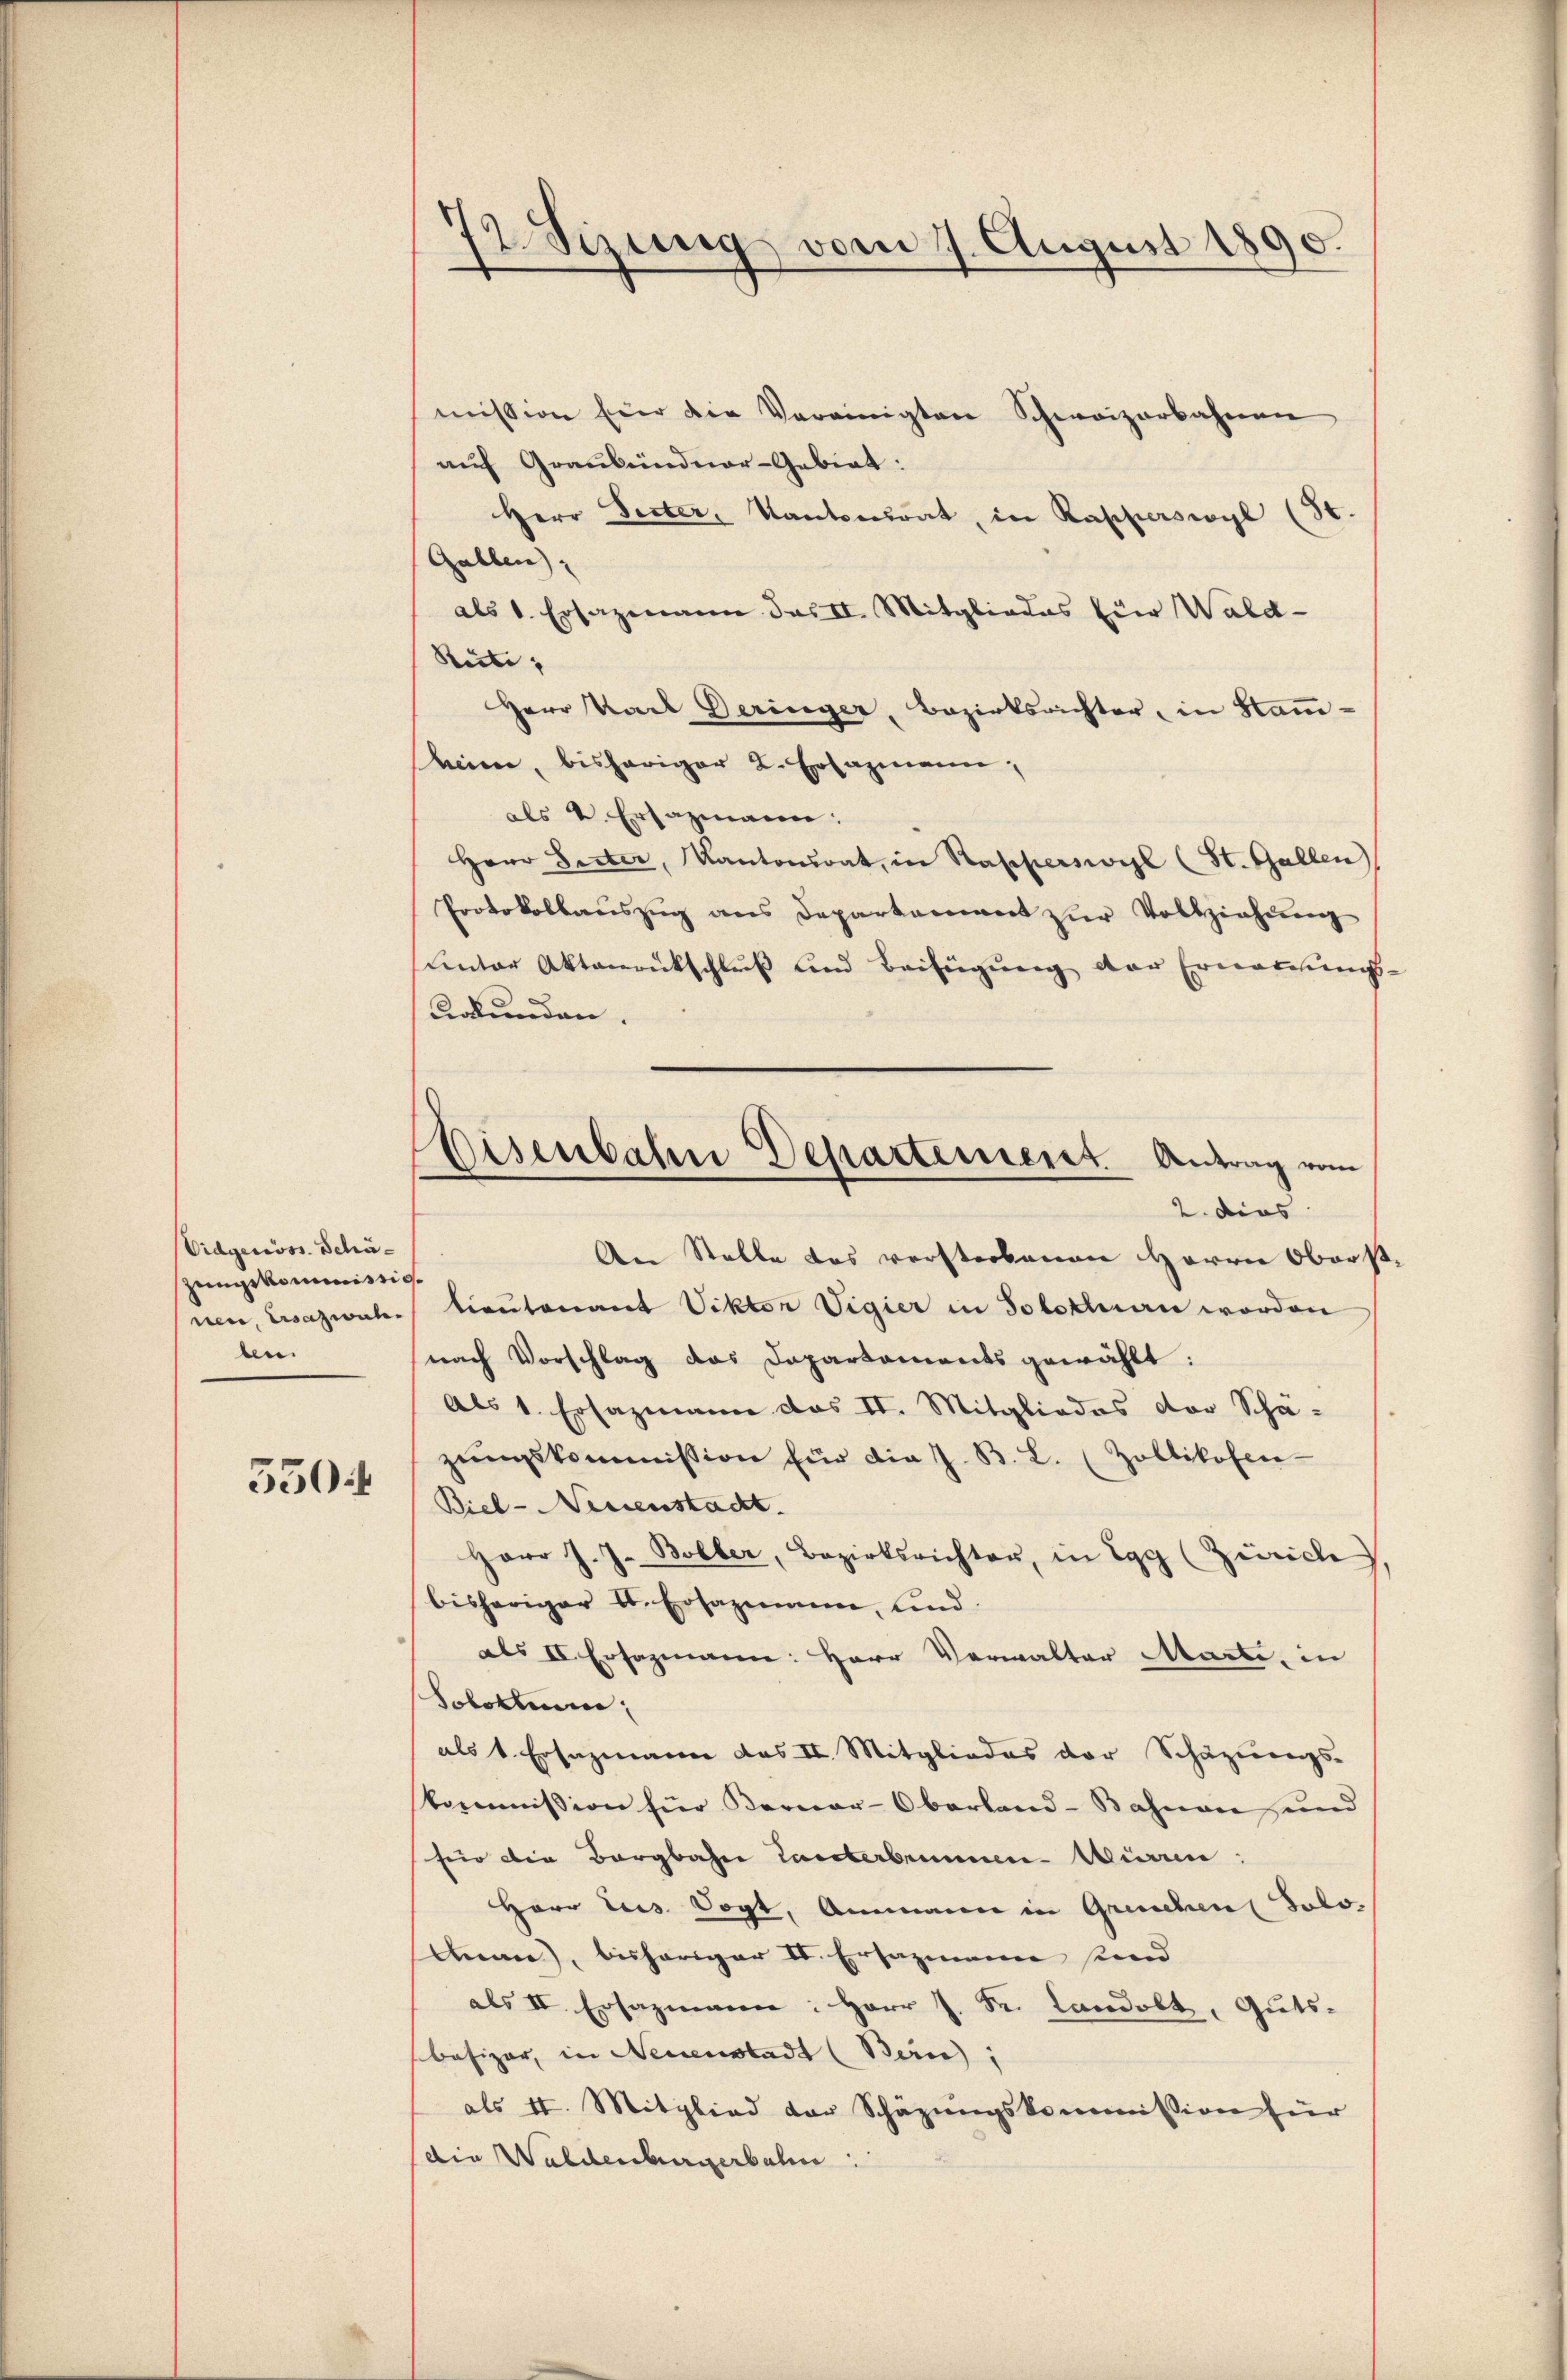
Eidgenöss. Schäzungskommissignen, Ersatzwahben

550.

2 Sizung vom 17. August 1890.
—

Eisenbahn Departement. Antrag vom

mission hier die Vereinigten Schweizerbahnen
auf Graubündner-Gebiet:
Herr Secter, Kantonsrat, in Rapperswyl (St
.
Gallen,
als 1. Ersazmann das II. Mitgliedes Eier Wald-
Reite; |
Herr Karl Geringer, Bezirksrichter, in Samm-
sheim, bisheriger 2. Ersazmann,
als v. Ersazmann:
Herr Seiter, Kantonsrat, in Rapperswyl (St. Gallen
Protokollauszug aus Departement zur Vollziehung
unter Aktenrückschluß und Beifügung der Ernennungs-
Urkunden.
2. dies
An Stelle des versterbenen Herrn Oberst
tientenant Viktor Vigier in Solothurn worden
nach Vorschlag das Dapartaments gewählt:
Als 1. Ersazmann das II. Mitgliedes der Scha-
zŭngskommission für die J. B. L. (Zollikofen-
Biel-Neuenstadt.
Herr J. J. Boller, Bezirksrichter, in Egg (Zürich,
bisheriger l. Ersazmann, und
als II Ersazmann: Herr Verwalter Marte, in
Solothurn,
als 1. Ersazmann das II. Mitgliedes der Schazungs-
kommission für Berner-Oberland-Bahnen und
für die Bergbahn Tanterbenaue Minin
Herr Jus Vogt, Ammann in Grenchen Solo
Anan), bisheriger IV. Ersazmann sind
als II. Ersazmann: Herr J. Sr. Landolt, Guts-
besizer, in Neuenstadt (Bern,
als II. Mitglied der Schäzŭngskommission für
die Waldenburgerbahn